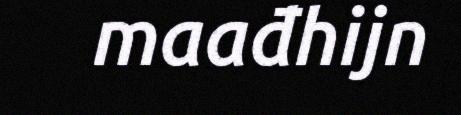
maađhijn